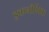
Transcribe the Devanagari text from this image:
इकनौमिक